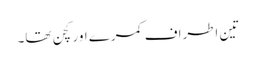
تین اطراف کمرے اور کچن تھا۔